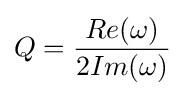
Q={\frac {Re(\omega )}{2Im(\omega )}}